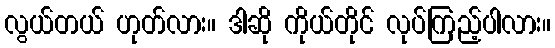
လွယ်တယ် ဟုတ်လား။ ဒါဆို ကိုယ်တိုင် လုပ်ကြည့်ပါလား။